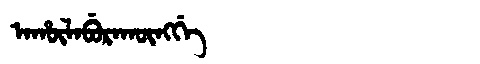
Manchu: ᠠᡥᡡᠯᠠᠪᡠᡵᠠᡴᡡᠩᡤᡝ
Romanization: AHŪLABURAKŪNGGE